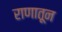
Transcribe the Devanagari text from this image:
राणातून